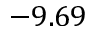
- 9 . 6 9